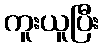
ကူးယူပြီး